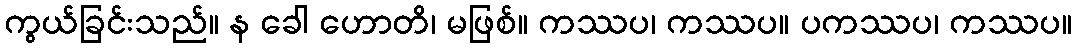
ကွယ်ခြင်းသည်။ န ခေါ ဟောတိ၊ မဖြစ်။ ကဿပ၊ ကဿပ။ ပကဿပ၊ ကဿပ။